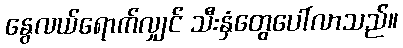
နွေလယ်ရောက်လျှင် သီးနှံတွေပေါ်လာသည်။